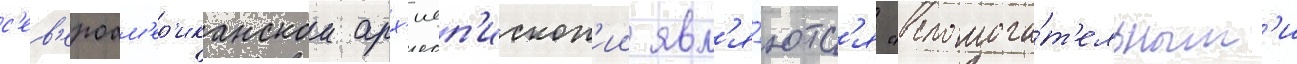
с'ев'ероам'ер'иканскои арх'иеп'ископ'ии явл'я́ютс'я "вспомога́т'ельным'и